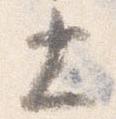
士